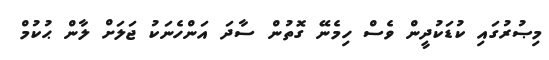
މިޞުރުގައި ކުޑަކުދީން ވެސް ހިމެނޭ ގޮތުން ސާދަ އަންހެނަކު ޖަލަށް ލާން ޙުކުމް